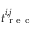
t _ { \mathrm { ~ r ~ e ~ c ~ } } ^ { i , j }